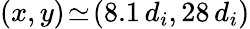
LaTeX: (x,y)\! \simeq\! (8.1\, d_{i},28\, d_{i})